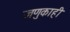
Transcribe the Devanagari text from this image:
जणुकाही